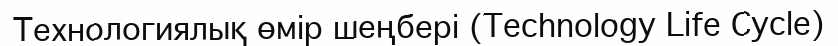
Технологиялық өмір шеңбері (Technology Life Cycle)